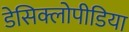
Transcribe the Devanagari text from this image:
डेसिक्लोपीडिया